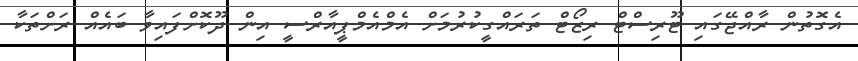
އެގޮތުން ރާއްޖޭގައި ޓޫރިސްޓް ރިޒޯޓް ތަރައްގީކުރުމަށް އެމްއެމްޕީއާރްސީ އިން ދޫކޮށްފައިވާ ބައެއް ރަށްތަކާ